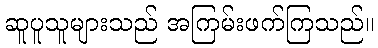
ဆူပူသူများသည် အကြမ်းဖက်ကြသည်။